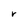
Character: r